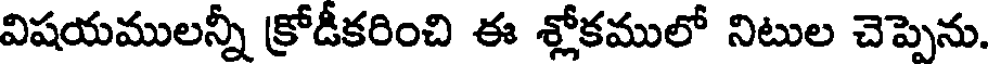
విషయములన్నీ క్రోడీకరించి ఈ శ్లోకములో నిటుల చెప్పెను.